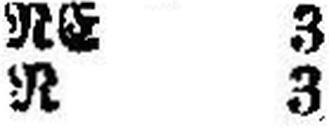
R 3